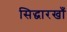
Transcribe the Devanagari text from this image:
सिद्धारखाँ